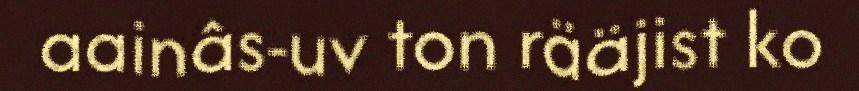
aainâs-uv ton rääjist ko